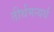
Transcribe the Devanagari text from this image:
तीर्थमन्यर्थं